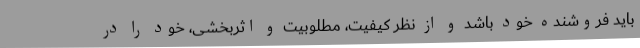
باید فروشنده خود باشد و از نظر کیفیت، مطلوبیت و اثربخشی، خود را در